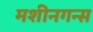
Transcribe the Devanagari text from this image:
मशीनगन्स